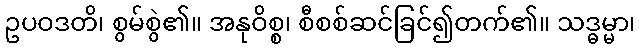
ဥပဝဒတိ၊ စွမ်စွဲ၏။ အနုဝိစ္စ၊ စီစစ်ဆင်ခြင်၍တက်၏။ သဒ္ဓမ္မာ၊